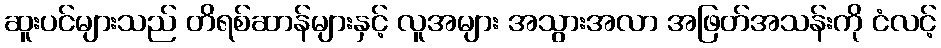
ဆူးပင်များသည် တိရစ်ဆာန်များနှင့် လူအများ အသွားအလာ အဖြတ်အသန်းကို ငံလင့်